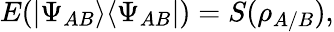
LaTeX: E(|\Psi_{AB}\rangle\langle\Psi_{AB}|)=S(\rho_{A/B}),